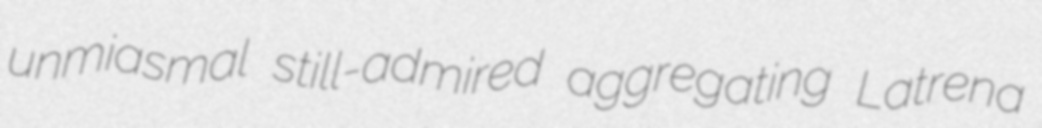
unmiasmal still-admired aggregating Latrena